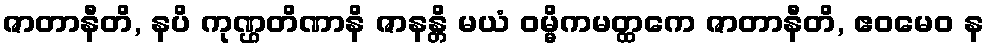
ဇာတာနီတိ, နပိ ကုဏ္ဌတိဏာနိ ဇာနန္တိ မယံ ဝမ္မိကမတ္ထကေ ဇာတာနီတိ, ဧဝမေဝ န